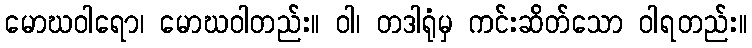
မောဃဝါရော၊ မောဃဝါတည်း။ ဝါ၊ တဒါရုံမှ ကင်းဆိတ်သော ဝါရတည်း။